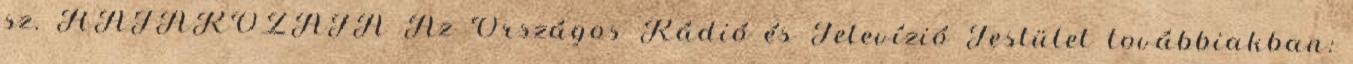
sz. HATÁROZATA Az Országos Rádió és Televízió Testület továbbiakban: